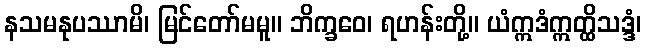
နသမနုပဿာမိ၊ မြင်တော်မမူ။ ဘိက္ခဝေ၊ ရဟန်းတို့။ ယံဣဒံဣတ္ထိသဒ္ဒံ၊